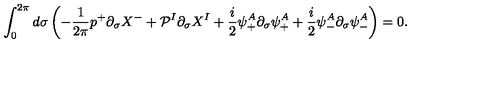
\int _ { 0 } ^ { 2 \pi } d \sigma \left( - \frac { 1 } { 2 \pi } p ^ { + } \partial _ { \sigma } X ^ { - } + { \cal P } ^ { I } \partial _ { \sigma } X ^ { I } + \frac { i } { 2 } \psi _ { + } ^ { A } \partial _ { \sigma } \psi _ { + } ^ { A } + \frac { i } { 2 } \psi _ { - } ^ { A } \partial _ { \sigma } \psi _ { - } ^ { A } \right) = 0 .